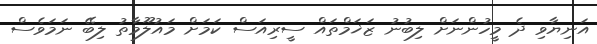
އަނިޔާވި ދެ މީހުންނަށް ލިބުނު ޒަޚަމްތައް ސީރިއަސް ކަމަށް މައުލޫމާތު ލިބޭ ނަމަވެސް